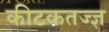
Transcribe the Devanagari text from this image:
कीटकतज्ज्ञ